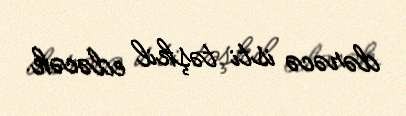
dərəcə isti təşkil edəcək.